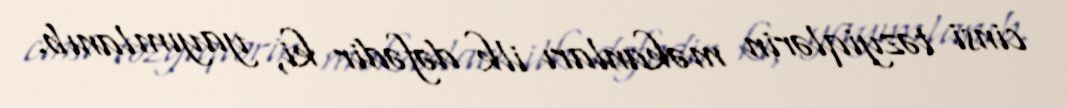
cinsi təzyiqlərin məkanları ilk dəfədir ki, yayımlanıb.